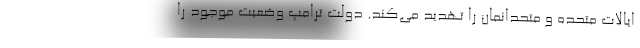
ایالات متحده و متحدانمان را تهدید می‌کند. دولت ترامپ وضعیت موجود را